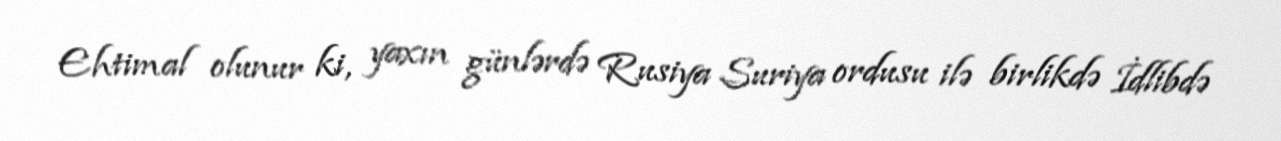
Ehtimal olunur ki, yaxın günlərdə Rusiya Suriya ordusu ilə birlikdə İdlibdə